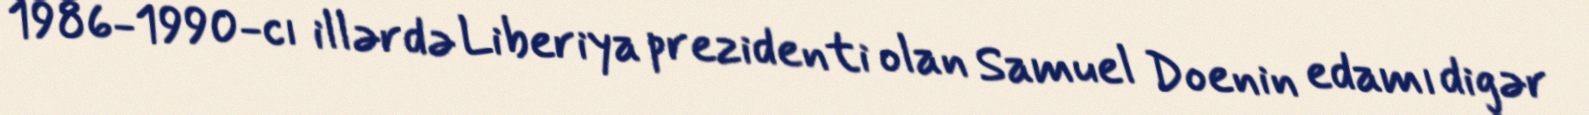
1986-1990-cı illərdə Liberiya prezidenti olan Samuel Doenin edamı digər